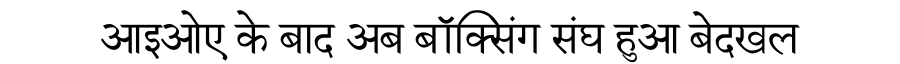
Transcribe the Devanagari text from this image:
आइओए के बाद अब बॉक्सिंग संघ हुआ बेदखल